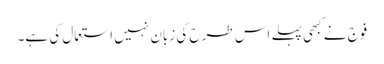
فوج نے کبھی پہلے اس طرح کی زبان نہیں استعمال کی ہے۔